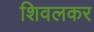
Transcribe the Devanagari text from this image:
शिवलकर